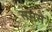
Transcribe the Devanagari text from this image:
सभसे